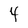
Character: 4